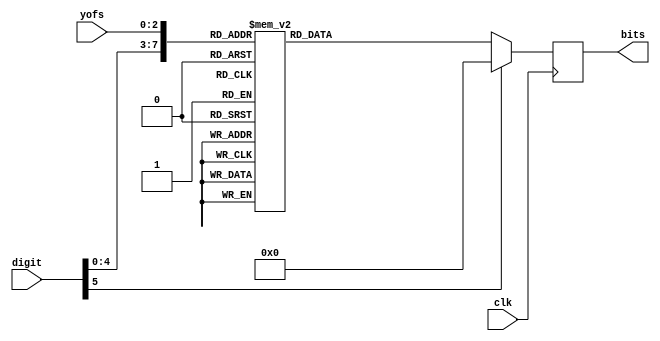
`timescale 1ns / 1ps
module digits10_case(
  
  input [5:0] digit,
  input [2:0] yofs,
  input clk,
  output reg [7:0] bits);

  wire [8:0] caseexpr = {digit,yofs};
  
  always @(posedge clk)
    case (caseexpr)
      9'o00: bits <= 8'b11111;
      9'o01: bits <= 8'b10001;
      9'o02: bits <= 8'b10001;
      9'o03: bits <= 8'b10001;
      9'o04: bits <= 8'b11111;

      9'o10: bits <= 8'b01100;
      9'o11: bits <= 8'b00100;
      9'o12: bits <= 8'b00100;
      9'o13: bits <= 8'b00100;
      9'o14: bits <= 8'b11111;

      9'o20: bits <= 8'b11111;
      9'o21: bits <= 8'b00001;
      9'o22: bits <= 8'b11111;
      9'o23: bits <= 8'b10000;
      9'o24: bits <= 8'b11111;
      
      9'o30: bits <= 8'b11111;
      9'o31: bits <= 8'b00001;
      9'o32: bits <= 8'b11111;
      9'o33: bits <= 8'b00001;
      9'o34: bits <= 8'b11111;

      9'o40: bits <= 8'b10001;
      9'o41: bits <= 8'b10001;
      9'o42: bits <= 8'b11111;
      9'o43: bits <= 8'b00001;
      9'o44: bits <= 8'b00001;

      9'o50: bits <= 8'b11111;
      9'o51: bits <= 8'b10000;
      9'o52: bits <= 8'b11111;
      9'o53: bits <= 8'b00001;
      9'o54: bits <= 8'b11111;

      9'o60: bits <= 8'b11111;
      9'o61: bits <= 8'b10000;
      9'o62: bits <= 8'b11111;
      9'o63: bits <= 8'b10001;
      9'o64: bits <= 8'b11111;

      9'o70: bits <= 8'b11111;
      9'o71: bits <= 8'b00001;
      9'o72: bits <= 8'b00001;
      9'o73: bits <= 8'b00001;
      9'o74: bits <= 8'b00001;

      9'o100: bits <= 8'b11111;
      9'o101: bits <= 8'b10001;
      9'o102: bits <= 8'b11111;
      9'o103: bits <= 8'b10001;
      9'o104: bits <= 8'b11111;

      9'o110: bits <= 8'b11111;
      9'o111: bits <= 8'b10001;
      9'o112: bits <= 8'b11111;
      9'o113: bits <= 8'b00001;
      9'o114: bits <= 8'b11111;
      
      9'o120: bits <= 8'b00100;
      9'o121: bits <= 8'b01010;
      9'o122: bits <= 8'b10001;
      9'o123: bits <= 8'b11111;
      9'o124: bits <= 8'b10001;
      
      9'o130: bits <= 8'b10000;
      9'o131: bits <= 8'b10000;
      9'o132: bits <= 8'b11111;
      9'o133: bits <= 8'b10001;
      9'o134: bits <= 8'b11111;
      
      9'o140: bits <= 8'b11111;
      9'o141: bits <= 8'b10000;
      9'o142: bits <= 8'b10000;
      9'o143: bits <= 8'b10000;
      9'o144: bits <= 8'b11111;

      9'o150: bits <= 8'b00001;
      9'o151: bits <= 8'b00001;
      9'o152: bits <= 8'b11111;
      9'o153: bits <= 8'b10001;
      9'o154: bits <= 8'b11111;
 
      9'o160: bits <= 8'b11111;
      9'o161: bits <= 8'b10000;
      9'o162: bits <= 8'b11111;
      9'o163: bits <= 8'b10000;
      9'o164: bits <= 8'b11111;
      //F
      9'o170: bits <= 8'b11111;
      9'o171: bits <= 8'b10000;
      9'o172: bits <= 8'b11111;
      9'o173: bits <= 8'b10000;
      9'o174: bits <= 8'b10000;
      //R
      9'o200: bits <= 8'b11111;
      9'o201: bits <= 8'b10001;
      9'o202: bits <= 8'b11111;
      9'o203: bits <= 8'b10110;
      9'o204: bits <= 8'b10011;
      //E
      9'o210: bits <= 8'b11111;
      9'o211: bits <= 8'b10000;
      9'o212: bits <= 8'b11111;
      9'o213: bits <= 8'b10000;
      9'o214: bits <= 8'b11111;
      //S
      9'o220: bits <= 8'b11111;
      9'o221: bits <= 8'b10000;
      9'o222: bits <= 8'b11111;
      9'o223: bits <= 8'b00001;
      9'o224: bits <= 8'b11111;
      //U
      9'o230: bits <= 8'b10001;
      9'o231: bits <= 8'b10001;
      9'o232: bits <= 8'b10001;
      9'o233: bits <= 8'b10001;
      9'o234: bits <= 8'b11111;
      //L
      9'o240: bits <= 8'b10000;
      9'o241: bits <= 8'b10000;
      9'o242: bits <= 8'b10000;
      9'o243: bits <= 8'b10000;
      9'o244: bits <= 8'b11111;
      //L
      9'o250: bits <= 8'b11111;
      9'o251: bits <= 8'b00100;
      9'o252: bits <= 8'b00100;
      9'o253: bits <= 8'b00100;
      9'o254: bits <= 8'b00100;
      //:
      9'o260: bits <= 8'b00000;
      9'o261: bits <= 8'b00100;
      9'o262: bits <= 8'b00000;
      9'o263: bits <= 8'b00100;
      9'o264: bits <= 8'b00000;
      //NULL 23
      9'o270: bits <= 8'b00000;
      9'o271: bits <= 8'b00000;
      9'o272: bits <= 8'b00000;
      9'o273: bits <= 8'b00000;
      9'o274: bits <= 8'b00000;
      //Arrow Right 24
      9'o300: bits <= 8'b00100;
      9'o301: bits <= 8'b00010;
      9'o302: bits <= 8'b11111;
      9'o303: bits <= 8'b00010;
      9'o304: bits <= 8'b00100;
      //N 25
      9'o310: bits <= 8'b10001;
      9'o311: bits <= 8'b11001;
      9'o312: bits <= 8'b10101;
      9'o313: bits <= 8'b10011;
      9'o314: bits <= 8'b10001;
      //O 26
      9'o320: bits <= 8'b11111;
      9'o321: bits <= 8'b10001;
      9'o322: bits <= 8'b10001;
      9'o323: bits <= 8'b10001;
      9'o324: bits <= 8'b11111;
      //D 27
      9'o330: bits <= 8'b11100;
      9'o331: bits <= 8'b10011;
      9'o332: bits <= 8'b10001;
      9'o333: bits <= 8'b10011;
      9'o334: bits <= 8'b11100;
      default: bits <= 0;
    endcase
endmodule